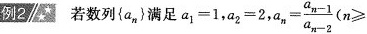
例2 若数列{a_{n}}满足$$a_{1}=1$$，$$a_{2}=2$$,$$a_{n}= \frac{a_{n-1}}{a_{n-2}}$$(n\geqslant